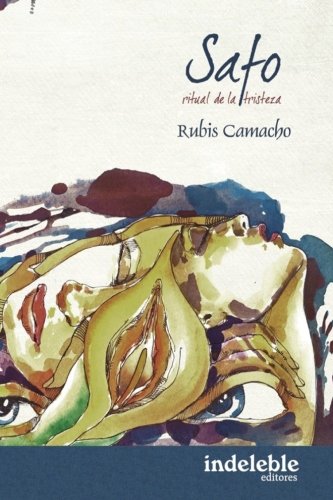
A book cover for Safo o Ritual de la Tristeza (Spanish Edition); Rubis Camacho; Gay & Lesbian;